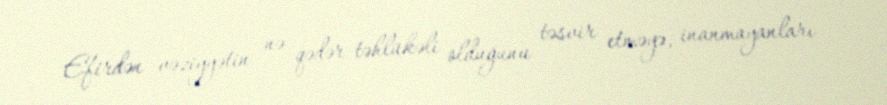
Efirdən vəziyyətin nə qədər təhlükəli olduğunu təsvir etməyə, inanmayanları